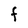
Character: F